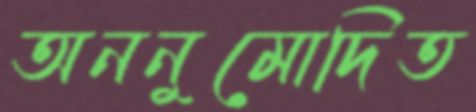
অননুমোদিত